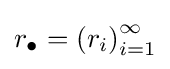
r_{\bullet }=\left(r_{i}\right)_{i=1}^{\infty }